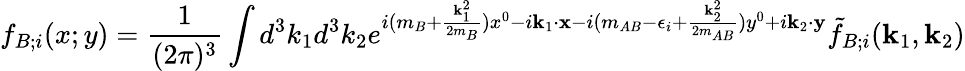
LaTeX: f_{B;i}(x;y)=\frac{1}{(2\pi)^{3}}\int d^{3}k_{1}d^{3}k_{2}e^{i(m_{B}+\frac{{\mathbf k}_{1}^{2}}{2m_{B}})x^{0}-i{\mathbf k}_{1}\cdot{\mathbf x}-i(m_{AB}-\epsilon_{i}+\frac{{\mathbf k}_{2}^{2}}{2m_{AB}})y^{0}+i{\mathbf k}_{2}\cdot{\mathbf y}}\tilde{f}_{B;i}({\mathbf k}_{1},{\mathbf k}_{2})